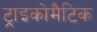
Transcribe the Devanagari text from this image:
ट्राइकोमैटिक